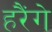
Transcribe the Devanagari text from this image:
हरैंगे